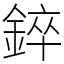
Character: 錊